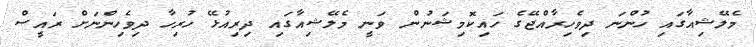
މެލޭޝިއާގައި ހުންނަ ދިވެހިރާއްޖޭގެ ހައިކޮމިޝަނުން ވަނީ މެލޭޝިއާގައި ދިރިއުޅޭ ހުރިހާ ދިވެހިންނަށް ރައީސް